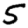
Digit: 5